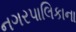
નગરપાલિકાના